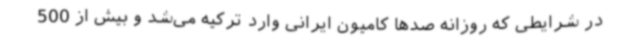
در شرایطی که روزانه صدها کامیون ایرانی وارد ترکیه می‌شد و بیش از 500